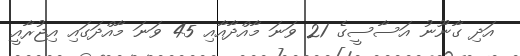
އަދި ގާނޫނު އަސާސީގެ 21 ވަނަ މާއްދާއާއި 45 ވަނަ މާއްދަގައި އިޖުރާއީ